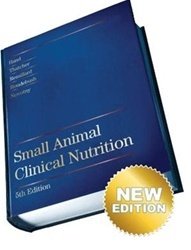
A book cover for Small Animal Clinical Nutrition, 5th Edition; Medical Books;